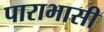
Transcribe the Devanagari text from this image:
पाराभासी